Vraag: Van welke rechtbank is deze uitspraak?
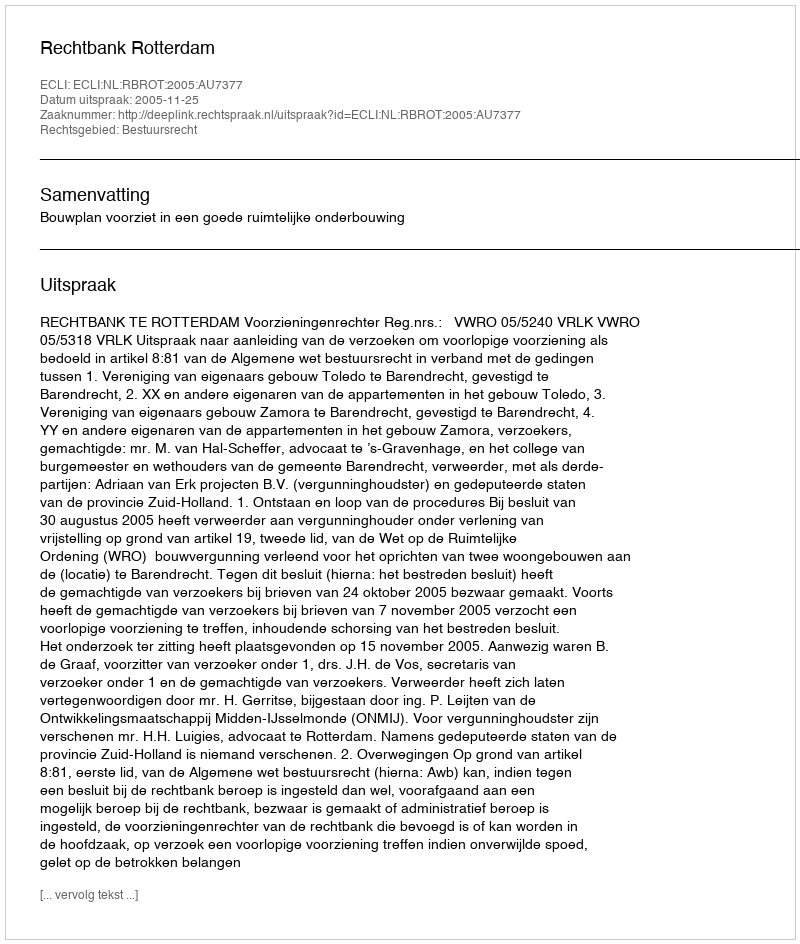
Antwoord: Rechtbank Rotterdam